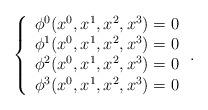
LaTeX: \begin{align*}\left\{ \begin{array}{c}\phi ^0(x^0,x^1,x^2,x^3)=0 \\ \phi ^1(x^0,x^1,x^2,x^3)=0 \\ \phi ^2(x^0,x^1,x^2,x^3)=0 \\ \phi ^3(x^0,x^1,x^2,x^3)=0 \end{array}\right. .\end{align*}